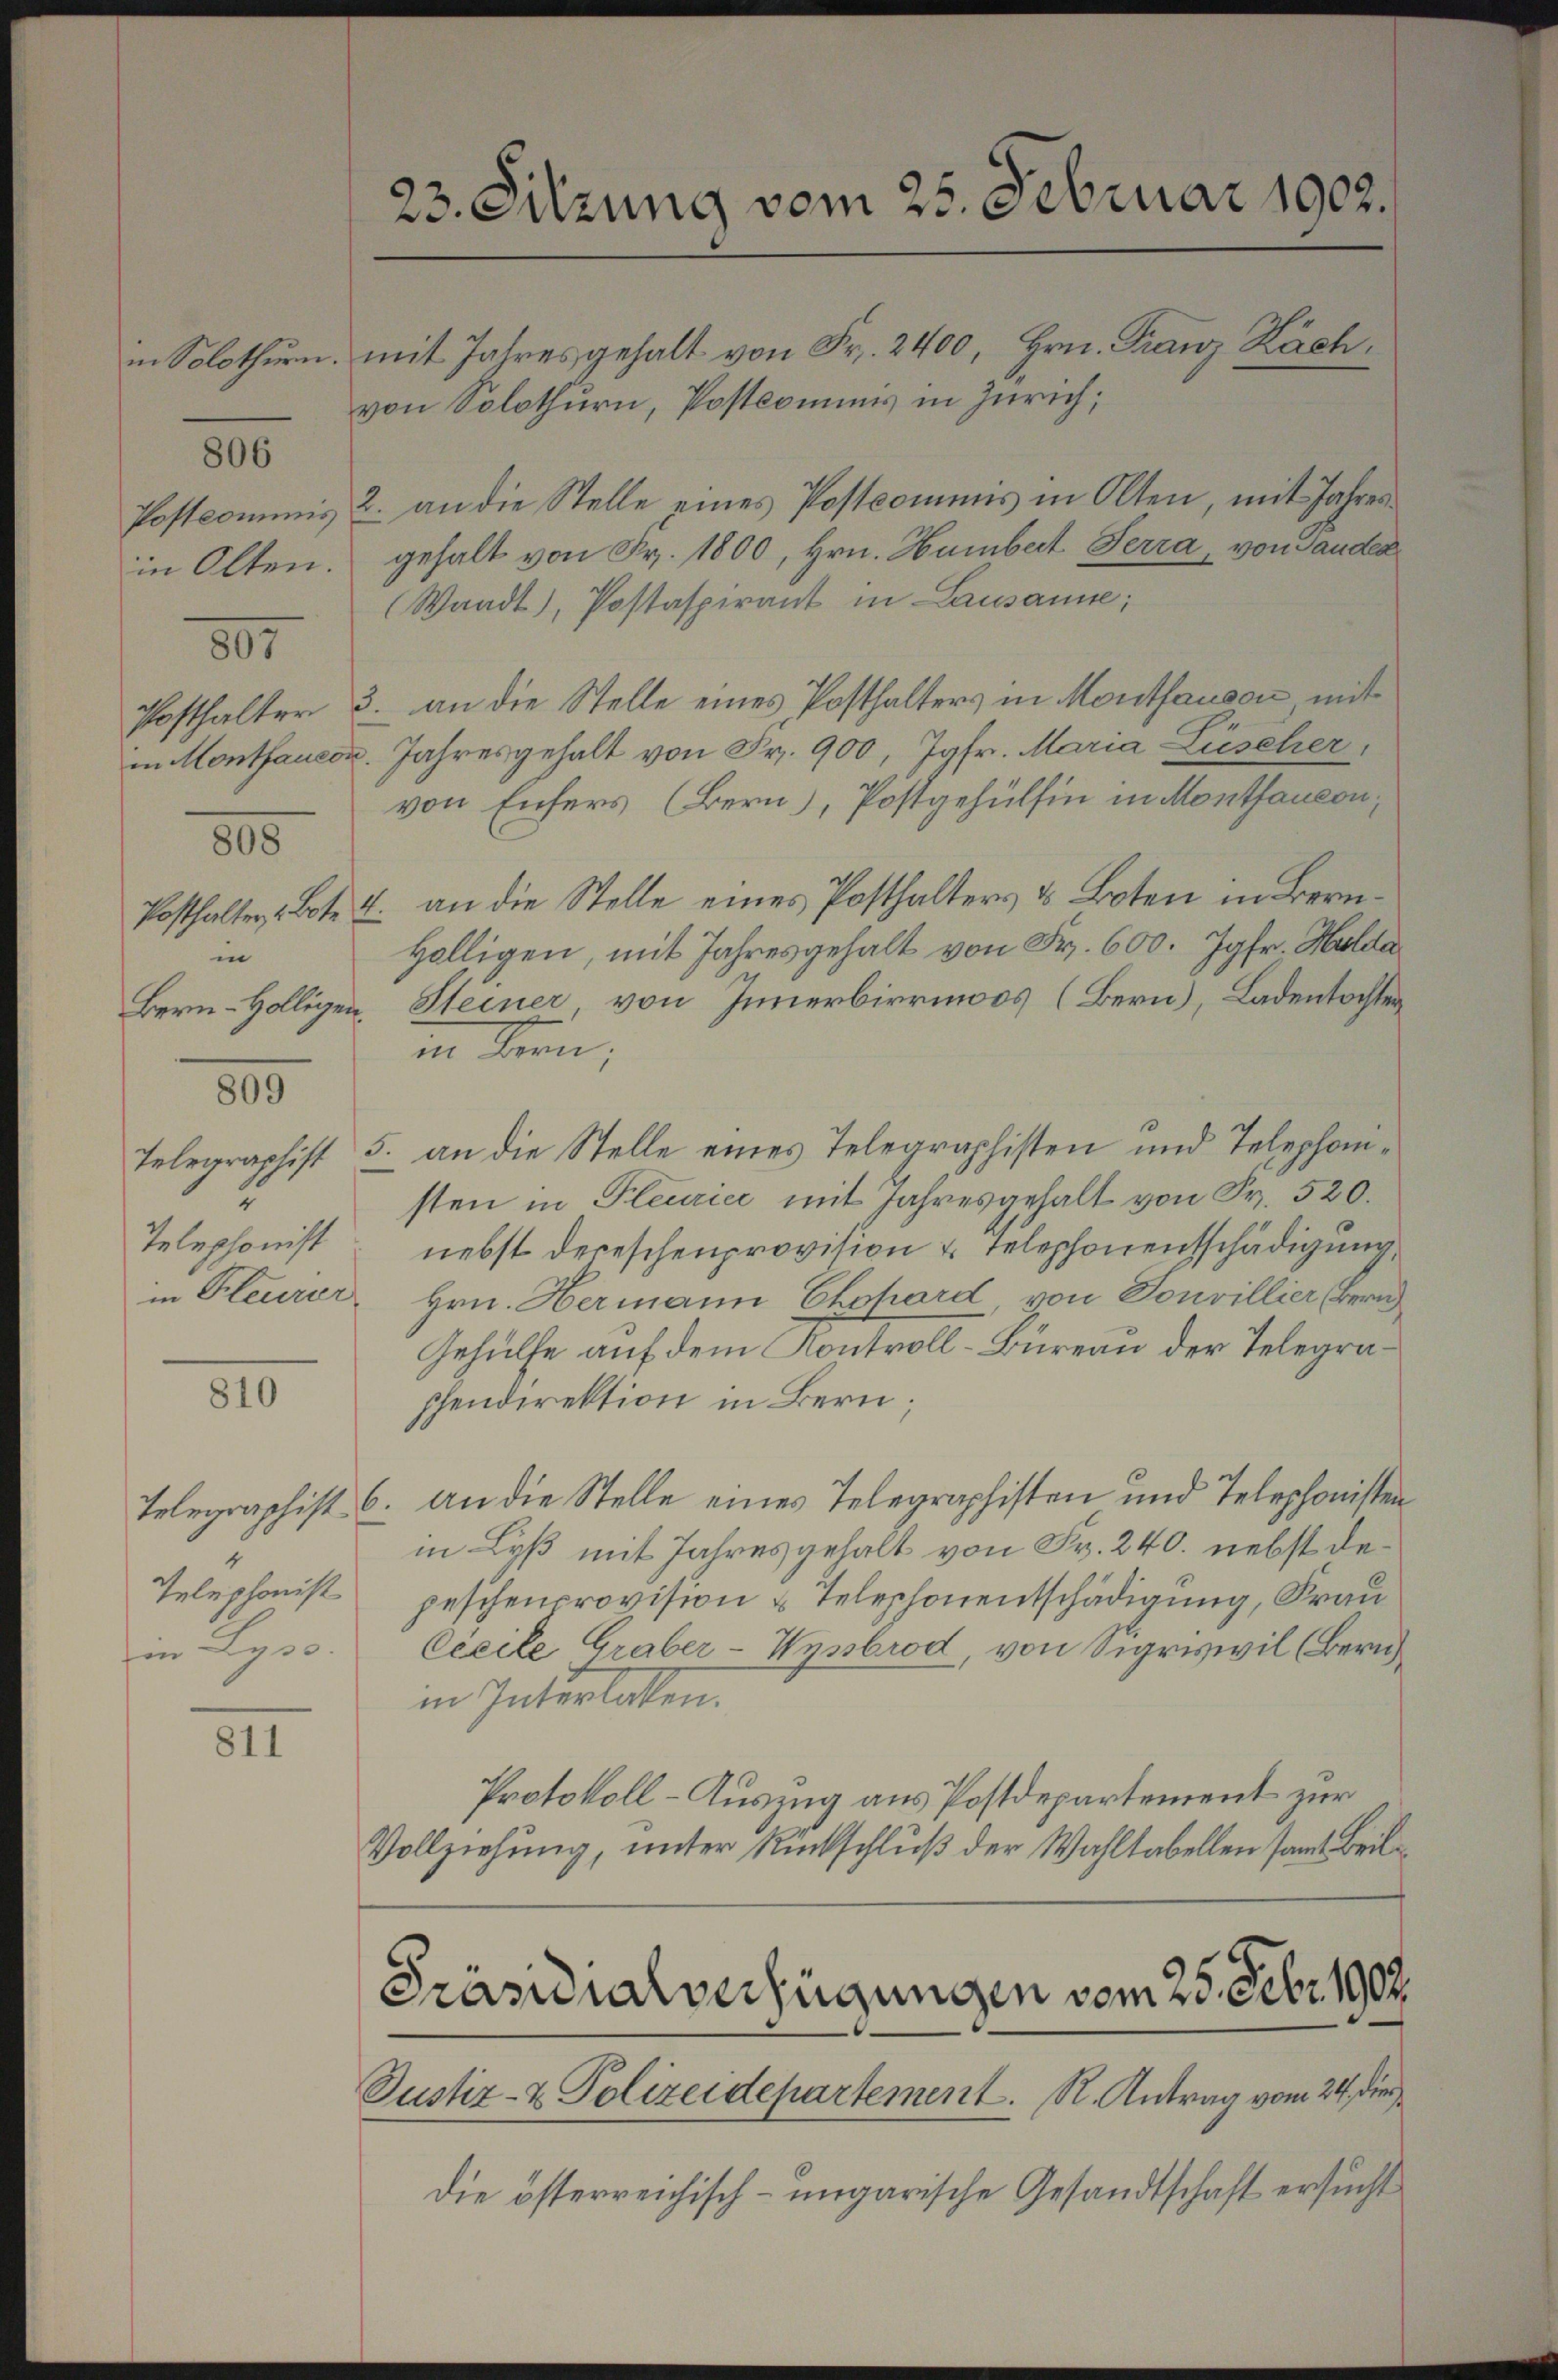
in Solothurn.

806

Postcommis
in Olten.

897

Posthalter
in Montfauco

805

Posthalter Bote?
in
Bern-Hölligen.

800

2
Telephonist
in Pleurer

810

4
Telephonist
in Lyss.

811

d

23. Sitzung vom 25. Februar 1902.
mit Jahres gehalt von Fr. 2400, Hrn. Franz Kächvon Solothurn, Postcommis in Zürich;

2. an die Stelle eines Postcommis in Olten, mit Jahres
gehalt von Fr. 1800, Hrn. Humbert Ferra, von Panden
(Waadt, Postaspirant in Lausanne;
3. an die Stelle eines Posthalters in Mouthausen, mit
. Jahresgehalt von Fr. 900, Jgfr. Maria- Lüscher,
von Eifers (Bern), Postgehülfen in Monthaucon;
4. an die Stelle eines Posthalters & Boten in Bern¬
Hölligen, mit Jahresgehalt von Fr. 600. Jgfr. Hulda
Steiner, von Innerbirrmoos (Bern), Ladentochter
in Bern,
Telegraphist 5. an die Stelle eines Telegraphisten und Telephonisten in Pleurice mit Jahresgehalt von Fr. 520.
nebst deceschenprovision u. Telephonentschädigung,
Hrn. Hermann Chopard, von Touvillier Beruh
Gehülfe auf dem Kontroll-Büreau der Telegraphendirektion in Bern;
Telegraphist 6. an die Stelle eines Telegraphisten und Telephonisten
in Lyß mit Jahresgehalt von Fr. 240. nebst depeschenprovision & Telephonentschädigung, Frau
Cicile Graber-Wysbrod, von Sigriswil (Bern
in Interlaken.
Protokoll-Auszug aus Postdepartement zur
Vollziehung, unter Rückschluß der Wahltabellen samt Beil¬

Justiz- & Polizeidepartement. R. Antrag vom 24. die
die österreichisch-ungarische Gesandtschaft ersucht

Präsidialverfügungen vom 25. Febr. 1902.